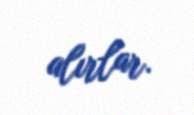
alırlar.